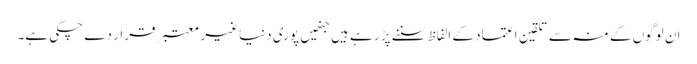
ان لوگوں کے منہ سے تلقین اعتماد کے الفاظ سننے پڑ رہے ہیں جنھیں پوری دنیا غیر معتبر قرار دے چکی ہے۔